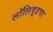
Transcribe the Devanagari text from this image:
लॉलिवूडचा